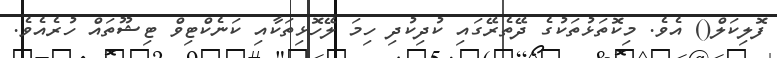
ފޮލިކަލް() އެވެ. މިކޮތަޅުތަކުގެ ދޭތެރޭގައި ކުދިކުދި ހިމަ ލޭހޮޅިތަކާއި ކަނެކްޓިވް ޓިޝޫތައް ހުރެއެވެ.